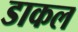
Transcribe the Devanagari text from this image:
डाकल